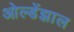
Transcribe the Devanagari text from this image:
ओल्डेंझाल